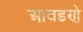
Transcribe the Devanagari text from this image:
आवडणे